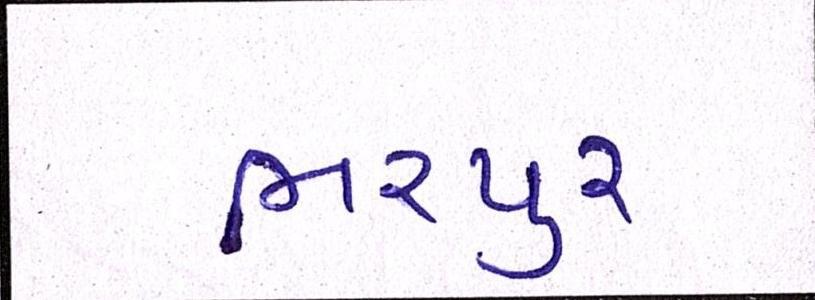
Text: ભરપુર